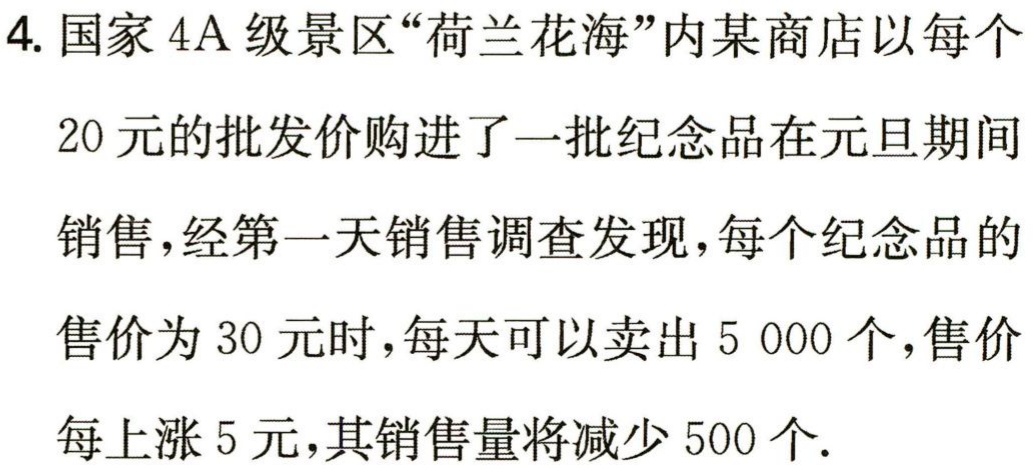
4. 国家 4A级景区“荷兰花海”内某商店以每个

20 元的批发价购进了一批纪念品在元旦期间

销售，经第一天销售调查发现，每个纪念品的

售价为 30 元时，每天可以卖出 5 000 个，售价

每上涨 5 元，其销售量将减少 500 个.